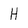
Character: H